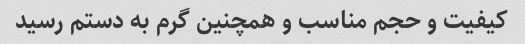
کیفیت و حجم مناسب و همچنین گرم به دستم رسید